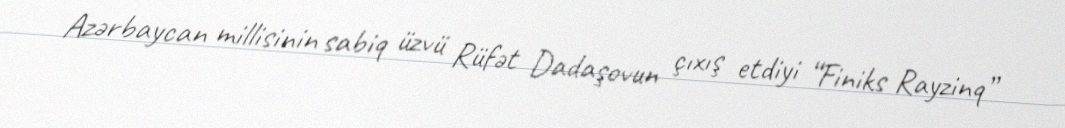
Azərbaycan millisinin sabiq üzvü Rüfət Dadaşovun çıxış etdiyi “Finiks Rayzinq”